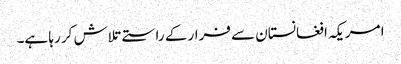
ا مریکہ افغانستان سے فرار کے راستے تلاش کر رہا ہے۔